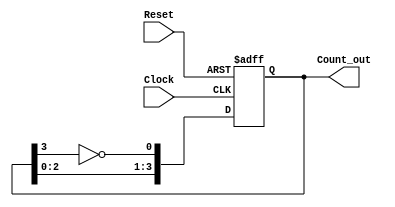
module johnson_counter(Clock, Reset, Count_out);

    input Clock;
    input Reset;
    output [3:0] Count_out;
    reg [3:0] Count_temp;

    always @(posedge Clock,posedge Reset )
    begin
		if(Reset == 1'b1)  begin  
            Count_temp = 4'b0000;   
        end 
        else if(Clock == 1'b1)  begin  
            Count_temp = {Count_temp[2:0],~Count_temp[3]};  
        end 
    end
    assign Count_out = Count_temp;
    
endmodule